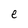
Character: e